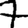
Digit: 7